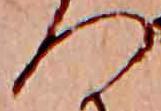
つ